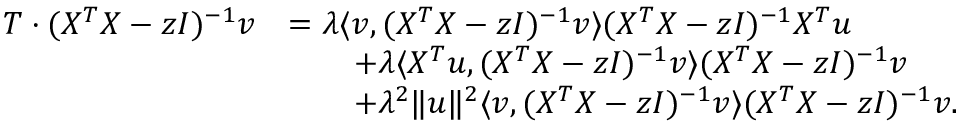
\begin{array} { r l } { T \cdot ( X ^ { T } X - z I ) ^ { - 1 } { \boldsymbol v } } & { = \lambda \langle { \boldsymbol v } , ( X ^ { T } X - z I ) ^ { - 1 } { \boldsymbol v } \rangle ( X ^ { T } X - z I ) ^ { - 1 } X ^ { T } { \boldsymbol u } } \\ & { \qquad + \lambda \langle X ^ { T } { \boldsymbol u } , ( X ^ { T } X - z I ) ^ { - 1 } { \boldsymbol v } \rangle ( X ^ { T } X - z I ) ^ { - 1 } { \boldsymbol v } } \\ & { \qquad + \lambda ^ { 2 } \| { \boldsymbol u } \| ^ { 2 } \langle { \boldsymbol v } , ( X ^ { T } X - z I ) ^ { - 1 } { \boldsymbol v } \rangle ( X ^ { T } X - z I ) ^ { - 1 } { \boldsymbol v } . } \end{array}